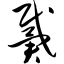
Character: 戴